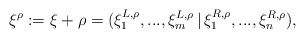
\begin{align*} \xi^\rho:=\xi+\rho=(\xi^{L,\rho}_1,...,\xi^{L,\rho}_m\,|\,\xi^{R,\rho}_1,...,\xi^{R,\rho}_n),\end{align*}